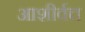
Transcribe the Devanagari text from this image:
आशीर्वच